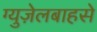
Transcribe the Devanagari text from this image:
ग्युज़ेलबाहसे